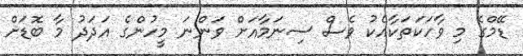
ޑޭމްގެ މި ވާހަކަތަކާއެކު ވެސް ސިނަމާއަށް ވަންނަ މީހުންގެ އަދަދު މާ ބޮޑަށް